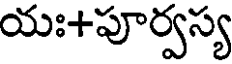
యః+పూర్వస్య